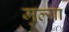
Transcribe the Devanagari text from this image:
मुल्या